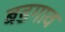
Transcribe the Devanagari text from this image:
बडगाव